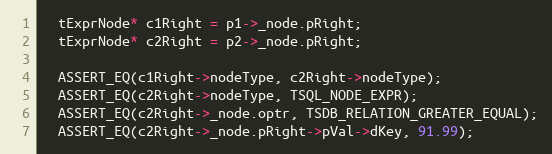
Language: C++
  tExprNode* c1Right = p1->_node.pRight;
  tExprNode* c2Right = p2->_node.pRight;

  ASSERT_EQ(c1Right->nodeType, c2Right->nodeType);
  ASSERT_EQ(c2Right->nodeType, TSQL_NODE_EXPR);
  ASSERT_EQ(c2Right->_node.optr, TSDB_RELATION_GREATER_EQUAL);
  ASSERT_EQ(c2Right->_node.pRight->pVal->dKey, 91.99);